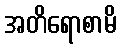
အတိရောစာမိ